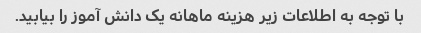
با توجه به اطلاعات زیر هزینه ماهانه یک دانش آموز را بیابید.